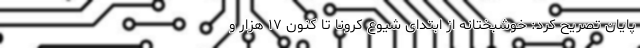
پایان تصریح کرد: خوشبختانه از ابتدای شیوع کرونا تا کنون ۱۷ هزار و